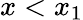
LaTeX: x<x_{1}